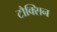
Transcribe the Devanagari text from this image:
टौक्सिन